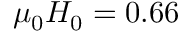
\mu _ { 0 } H _ { 0 } = 0 . 6 6